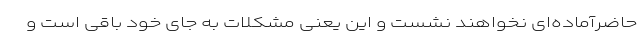
حاضرآماده‌ای نخواهند نشست و این یعنی مشکلات به جای خود باقی است و